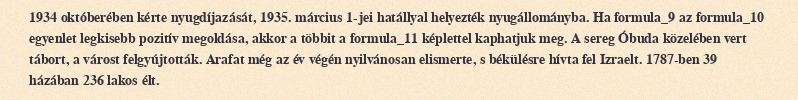
1934 októberében kérte nyugdíjazását, 1935. március 1-jei hatállyal helyezték nyugállományba. Ha formula_9 az formula_10 egyenlet legkisebb pozitív megoldása, akkor a többit a formula_11 képlettel kaphatjuk meg. A sereg Óbuda közelében vert tábort, a várost felgyújtották. Arafat még az év végén nyilvánosan elismerte, s békülésre hívta fel Izraelt. 1787-ben 39 házában 236 lakos élt.